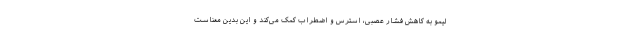
لیمو به کاهش فشار عصبی، استرس و اضطراب کمک می‌کند و این بدین معناست